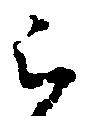
被